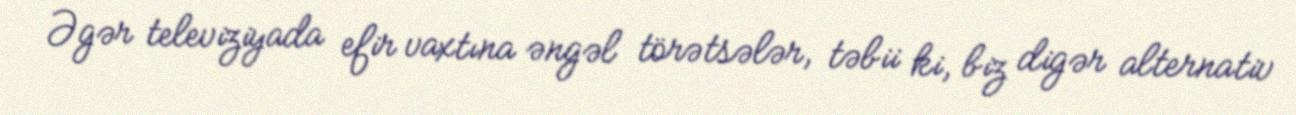
Əgər televiziyada efir vaxtına əngəl törətsələr, təbii ki, biz digər alternativ